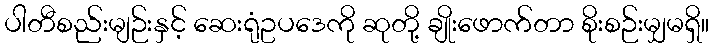
ပါတီစည်းမျဉ်းနှင့် ဆေးရုံဥပဒေကို ဆုတို့ ချိုးဖောက်တာ စိုးစဉ်းမျှမရှိ။